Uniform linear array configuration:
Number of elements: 16
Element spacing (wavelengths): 0.75
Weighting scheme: kaiser
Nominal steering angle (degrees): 45
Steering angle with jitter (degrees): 43.345
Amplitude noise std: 0.05
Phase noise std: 0.05

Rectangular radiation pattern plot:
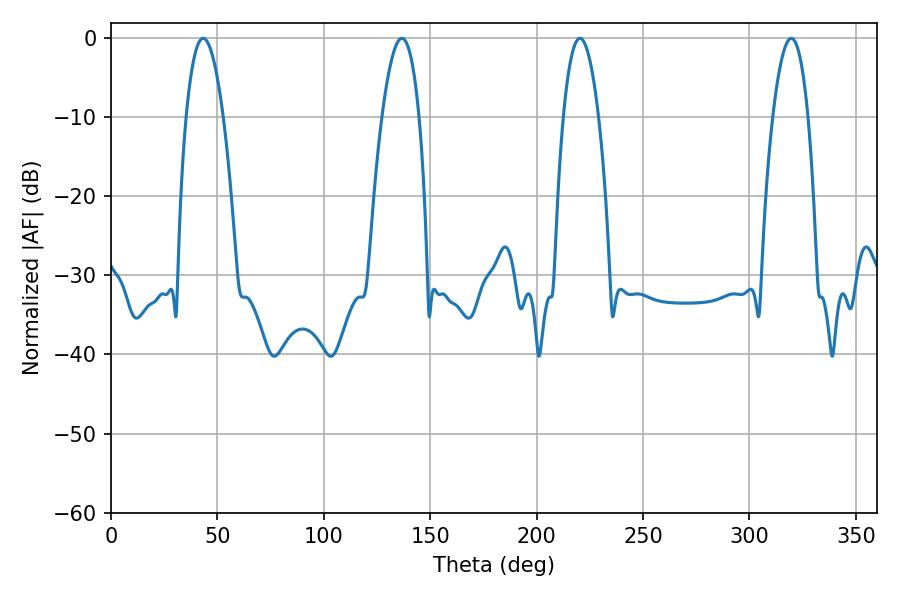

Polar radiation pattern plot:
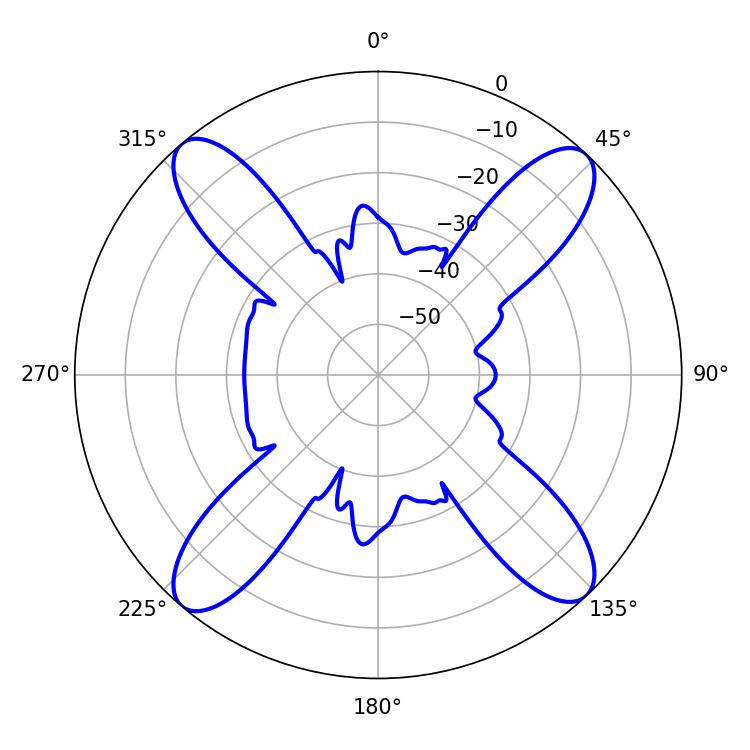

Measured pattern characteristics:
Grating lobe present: TRUE
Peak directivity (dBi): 18.951
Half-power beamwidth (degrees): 9.18
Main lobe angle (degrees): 220.32